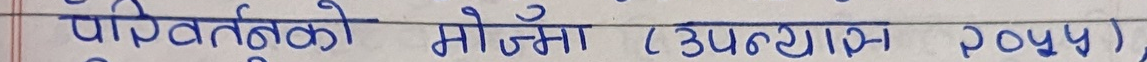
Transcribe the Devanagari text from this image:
परिवर्तनको मोजँ (उपन्यास २०५५)